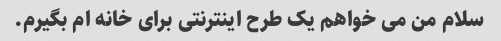
سلام من می خواهم یک طرح اینترنتی برای خانه ام بگیرم.